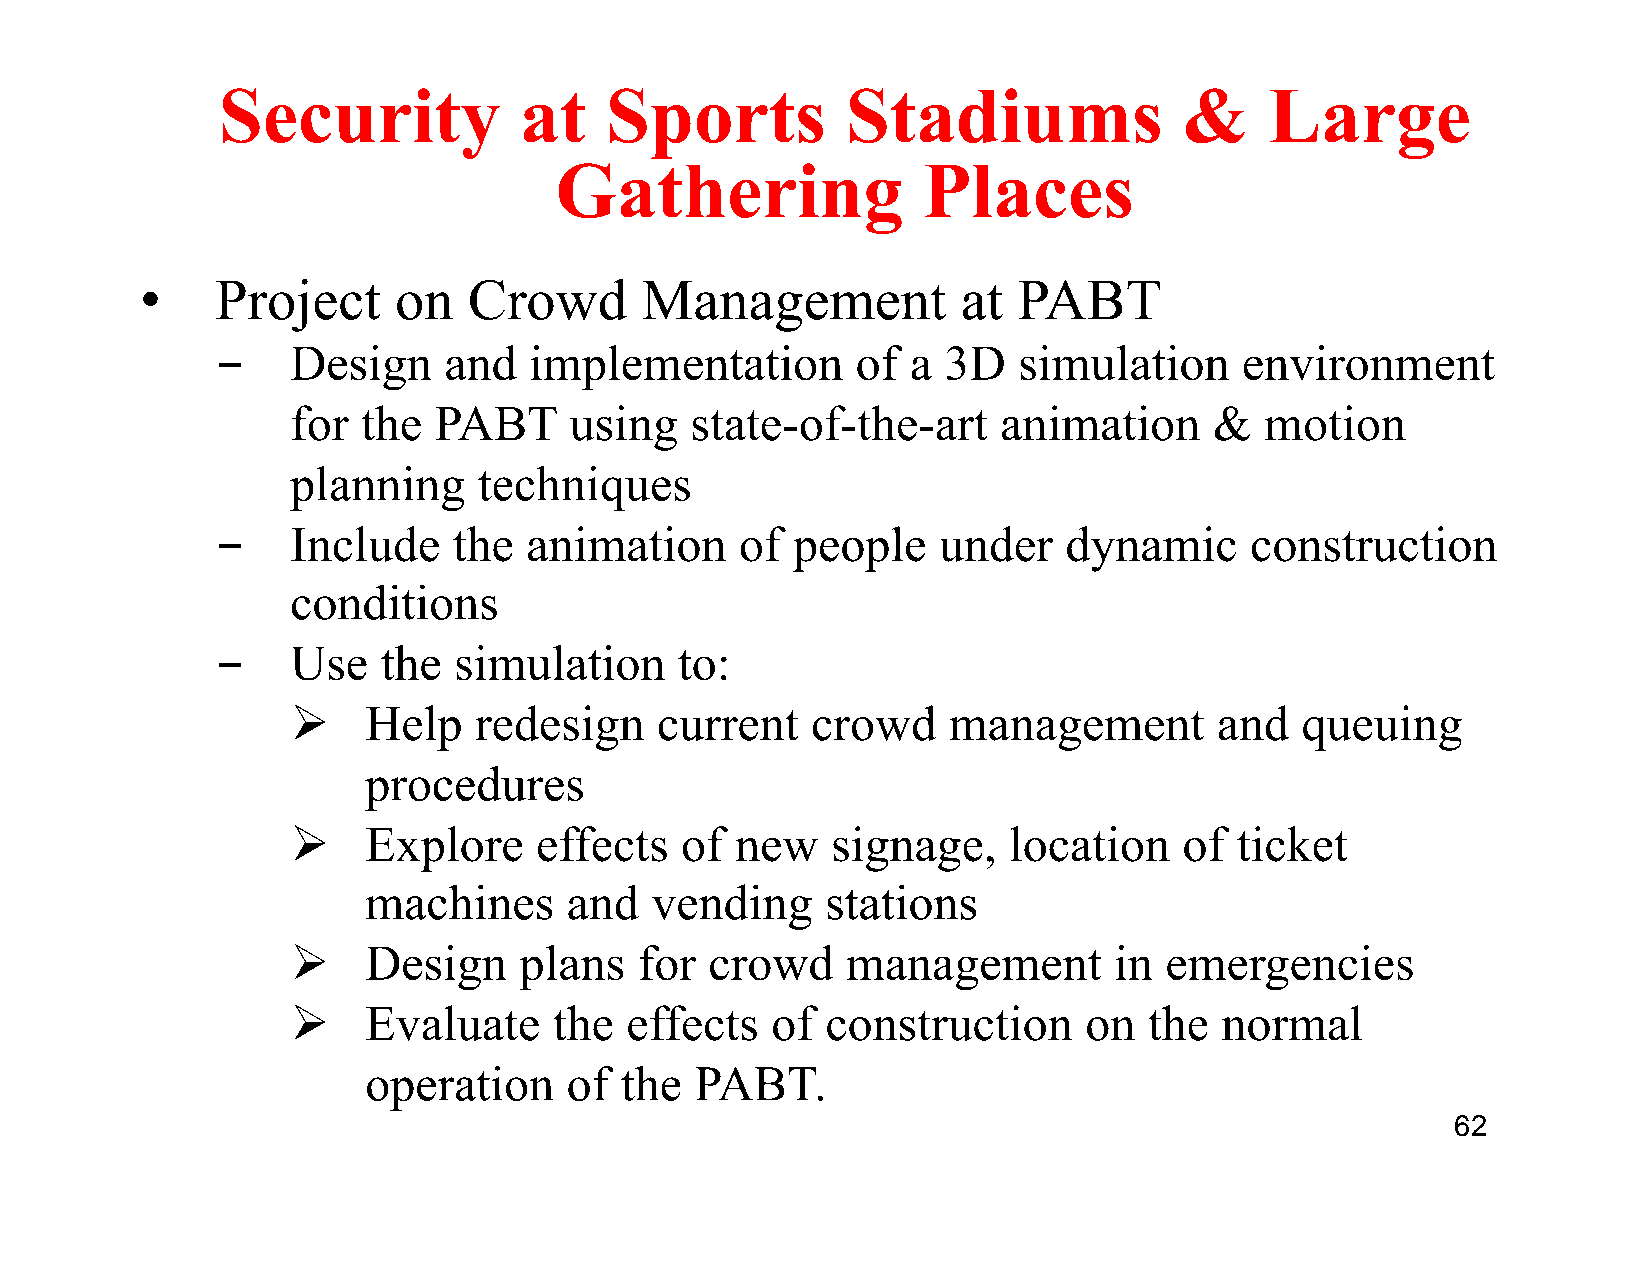
Security            at    Sports          Stadiums              &     Large
 Gathering               Places
 •    Project     on   Crowd      Management            at PABT
 ­    Design    and   implementation        of a 3D   simulation     environment
 for  the  PABT     using   state-of-the-art    animation     &   motion
 planning     techniques
 ­    Include    the  animation     of people    under   dynamic      construction
 conditions
 ­    Use   the  simulation     to:
 Ø   Help   redesign    current    crowd    management        and  queuing
 procedures
 Ø   Explore    effects   of  new   signage,    location   of  ticket
 machines     and   vending     stations
 Ø   Design    plans   for  crowd    management        in emergencies
 Ø   Evaluate     the effects   of  construction     on  the  normal
 operation    of  the  PABT.
 62